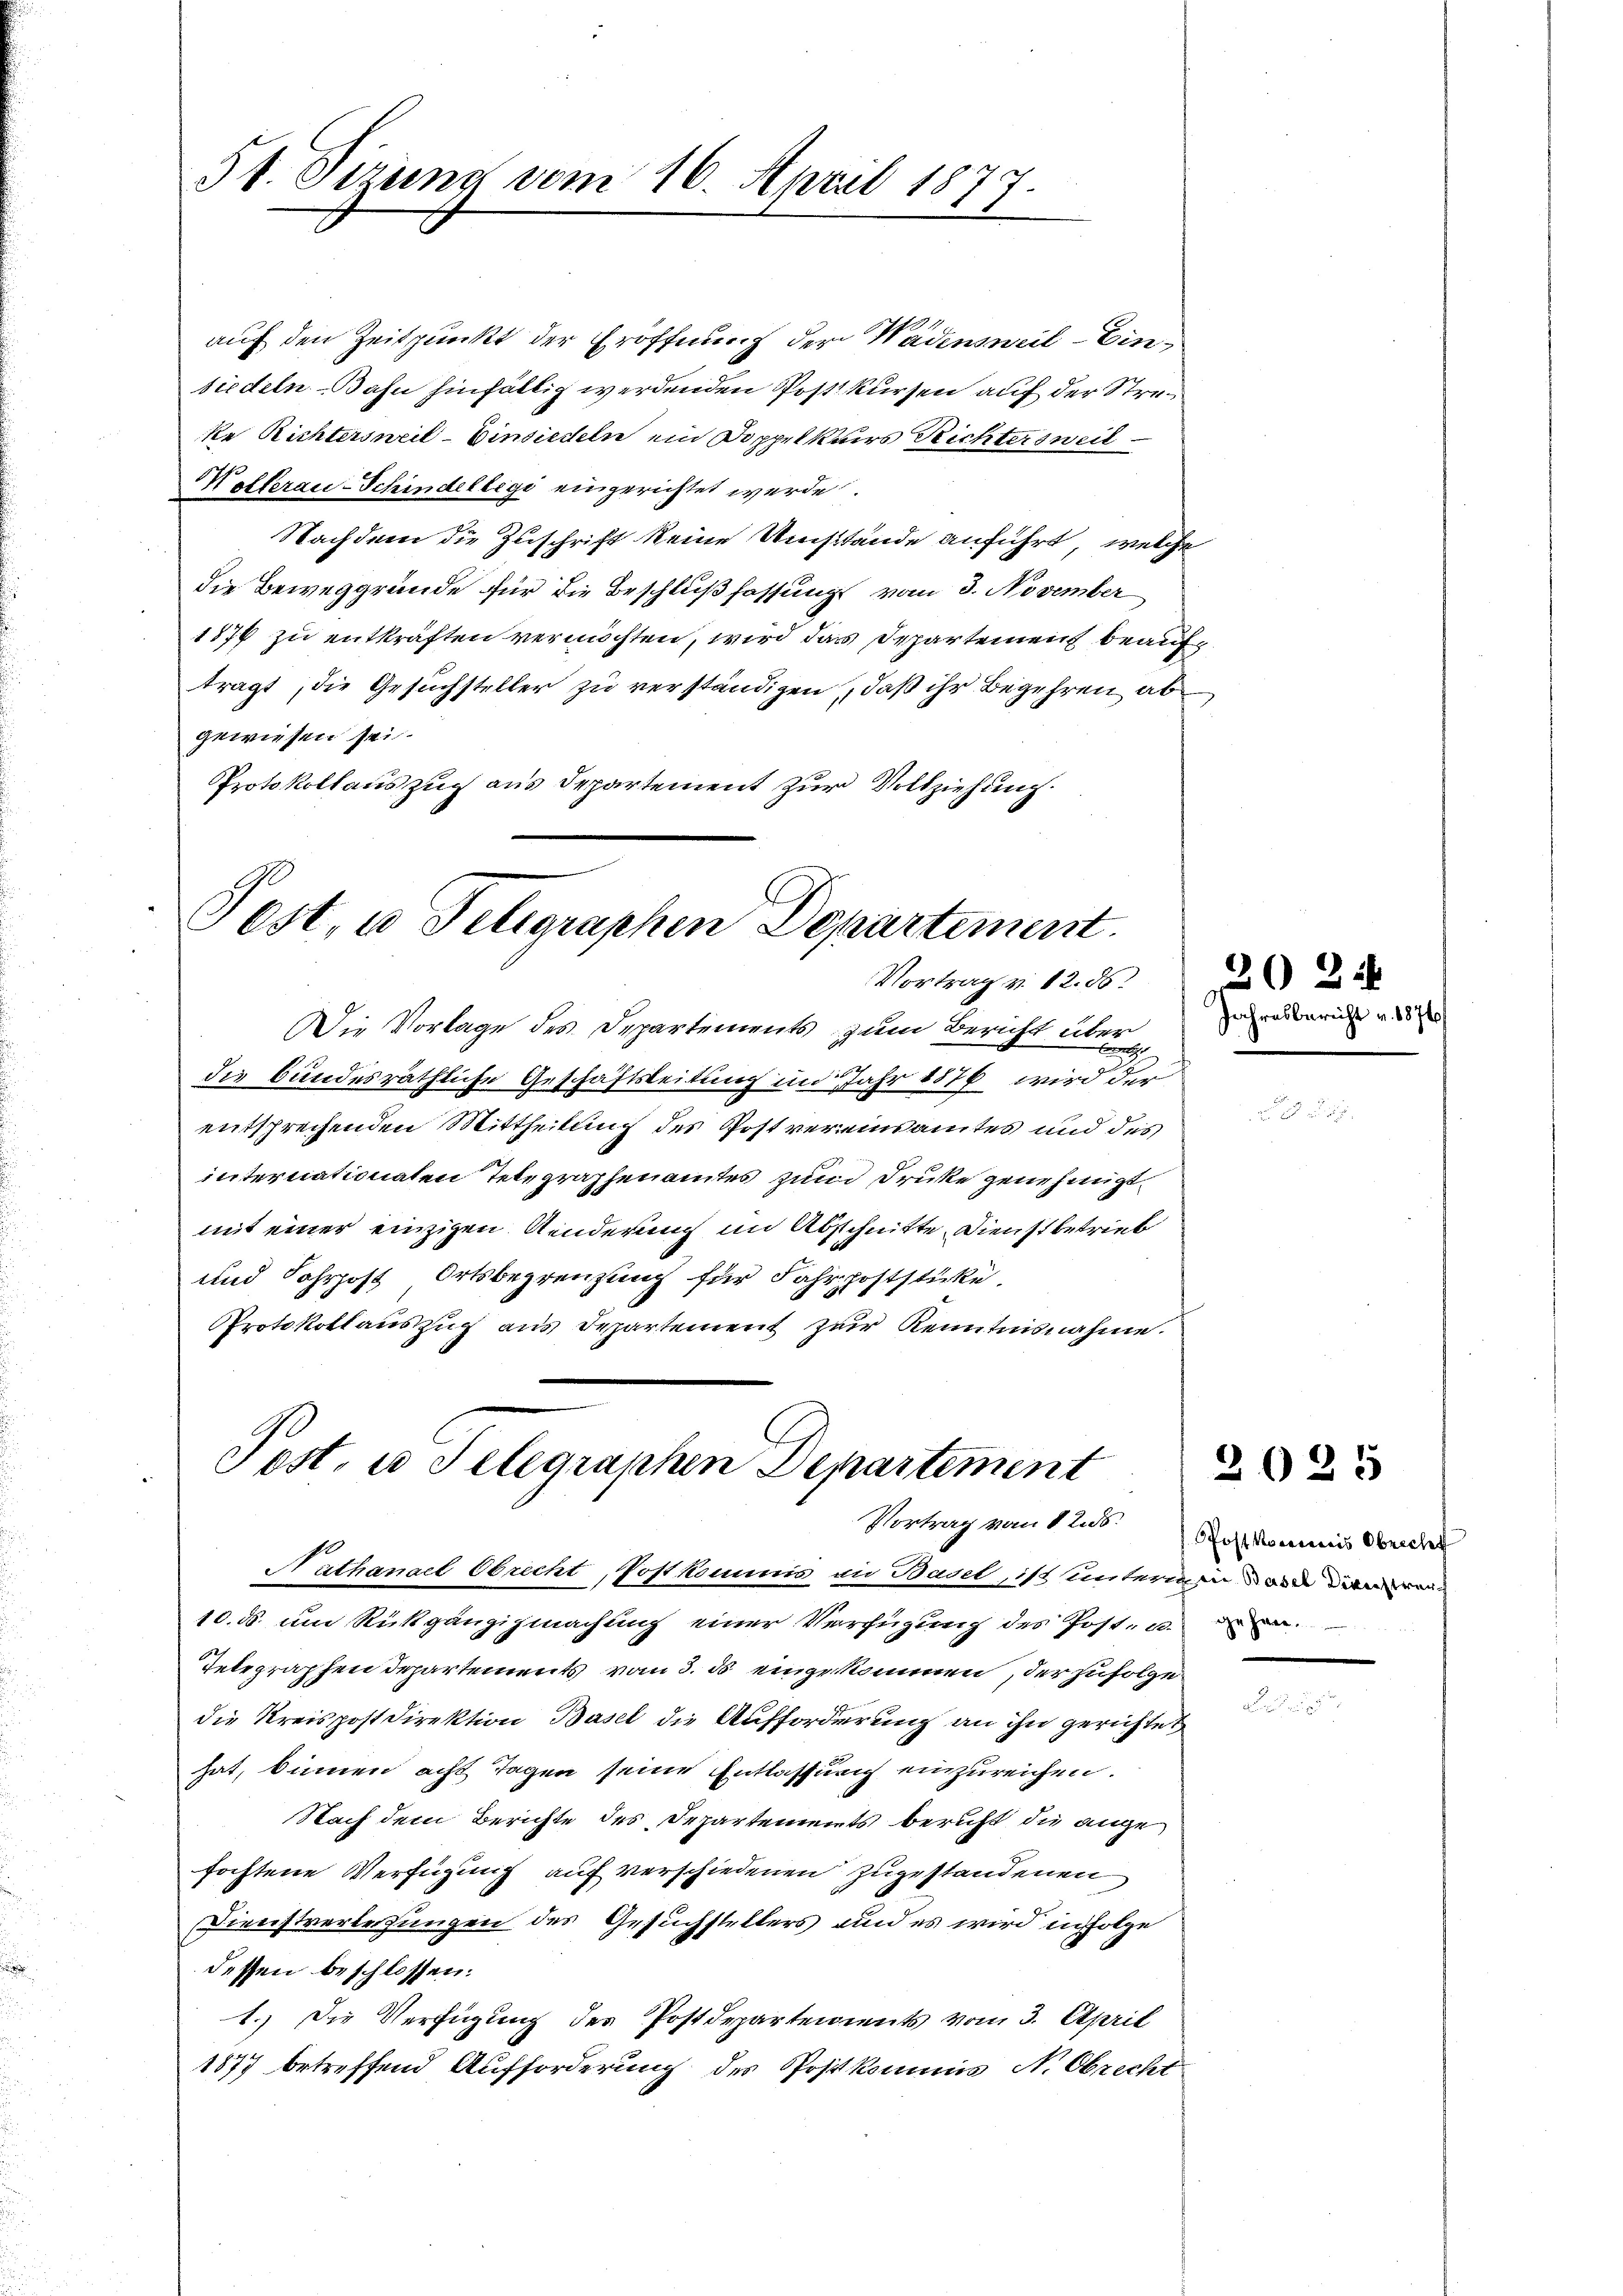
St. Sizung vom 16. April 1872

auf den Zeitpunkt der Eröffnung der Wadensweil–Einsiedeln. - Bahn hinfällig werdenden Post kursen auf der Streke Richtersweil–Einsiedeln ein Doppelkurs Richtersweil
Kollerau-Schindellegi eingerichtet werde.
Nachdem die Zuschrift keine Umstände anführt, welche
die Beweggrunde für die Beschlußfassung vom 3. November
1876 zu entkräften vermöchten, wird das Departement beaufträgt, die Gesuchsteller zu verständigen, daß ihr Begehren ab
gewiesen sei.
Protokollauszug aus Departement zur Vollziehung.
Post, u Feligraphen Departement.
Vortrag v. 12. ds.
Die Vorlage des Departements zum Bericht über der
die bundesräthliche Geschäftsleitung in Jahr 1876 wird der
entsprechenden Mittheilung des Postvereinsamtes und des
internationaten Telegraphenamtes zum Druke genehmigt.
mit einer einzigen Anderung im Abschnitte Dienst betrieb
und Fahrpost Ortsbegrenzung für Fahrpoststücke.
Protokollauszug aus Departement zur Kenntnisnahme.

Post. u Selegraphen Departement

Nathanael Obrecht, Postkommis an Basel, ist untermin ain denen
10. ds. um Rückgängigmachung einer Verfügung des Post- u. der
Telegraphen Departements vom 3. ds eingekommen, der zufolge
die Kreispost Direktion Basel die Aufforderung an ihn gerichtet
hat, binnen acht Tagen seine Entlassung einzureichen.
Nach dem Berichte des Departements bericht die ange
fochtene Verfügung auf verschiedenen zugestandenen
Dienstverlesungen des Gesuchstellers und es wird in Folge
dessen beschlossen:
1. Die Verfügung des Postdepartements vom 3. April
1877 betreffend Aufforderung des Postkommis N. Obrecht

22 x

Vortrag vom 1tes Post kommis Oberlet

2025